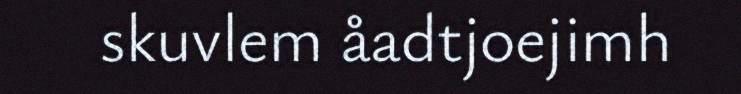
skuvlem åadtjoejimh